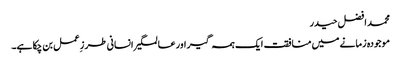
محمد افضل حیدر
موجودہ زمانے میں منافقت ایک ہمہ گیر اور عالمگیر انسانی طرز ِعمل بن چکا ہے۔